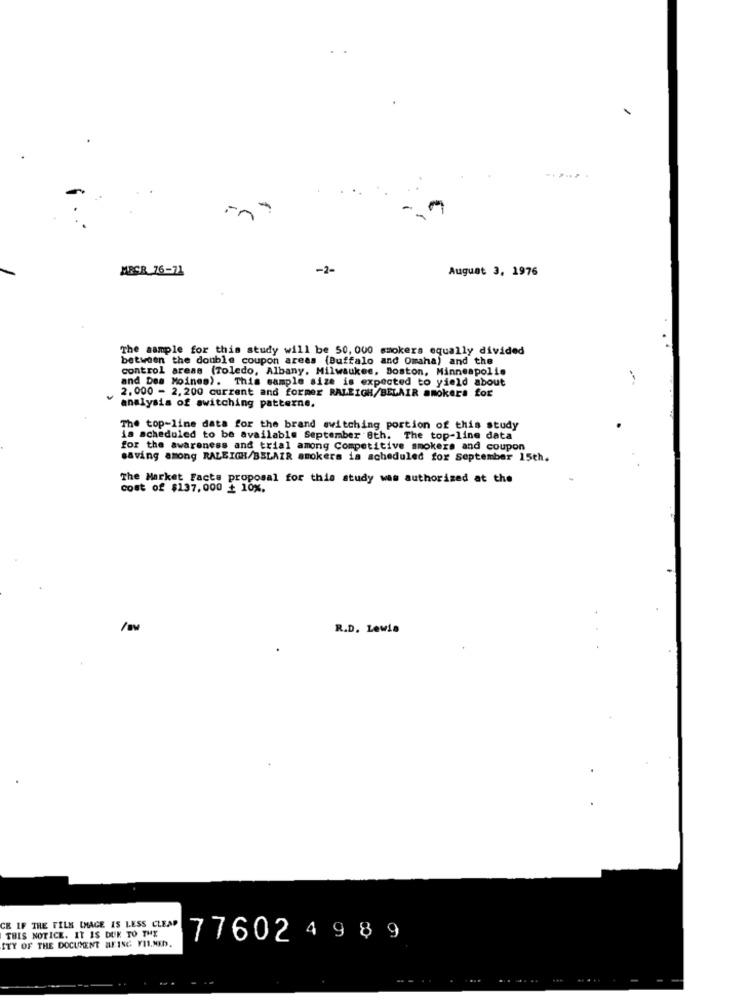
MBSR_76-71
-2-
August 3, 1976
The sample for this study will be 50, 000 smokers equally divided
between the double coupon areas (Buffalo and Omaha) and the
control areas (Toledo, Albany, Milwaukee, Boston, Minneapolis
and Des Moines). This sample size is expected to yield about
-
2. 000 - 2, 200 current and former RALEIGH/BELAIR smokers for
analysis of switching patterne.
The top-line data for the brand switching portion of this study
is scheduled to be available September 8th. The top-line data
for the awareness and trial among Competitive smokers and coupon
saving among RALEIGH/BELAIR smokers ia scheduled for September 15th.
The Market Facts proposal for this study was authorized at the
cost of $137,000 + 10%,
R.D. Lewis
CE IF THE FILE IMAGE IS LESS CLEAR
THIS NOTICE. IT IS DUK TO THY
ITY OF THE DOCUMENT BFISC FILMED.
77602 4 9 8 9